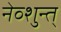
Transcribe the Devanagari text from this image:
नेव्शुन्त्